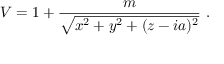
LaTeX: V = 1 + { \frac { m } { \sqrt { x ^ { 2 } + y ^ { 2 } + ( z - i a ) ^ { 2 } } } } \ .